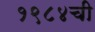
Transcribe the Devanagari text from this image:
१९८४ची